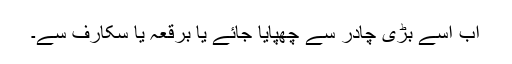
اب اسے بڑی چادر سے چھپایا جائے یا برقعہ یا سکارف سے۔